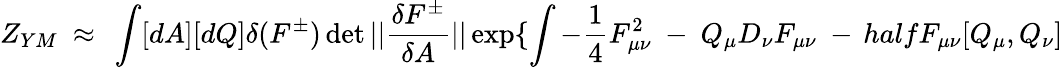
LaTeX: Z_{YM}\ \approx\ \int[dA][dQ]\delta(F^{\pm})\operatorname*{det}||{\frac{\delta F^{\pm}}{\delta A}}||\exp\{ \int-\frac{1}{4}F_{\mu\nu}^{2}\ -\ Q_{\mu}D_{\nu}F_{\mu\nu}\ -\, halfF_{\mu\nu}[Q_{\mu},Q_{\nu}]